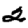
Digit: 2